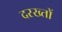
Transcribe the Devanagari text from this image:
दरख्तों